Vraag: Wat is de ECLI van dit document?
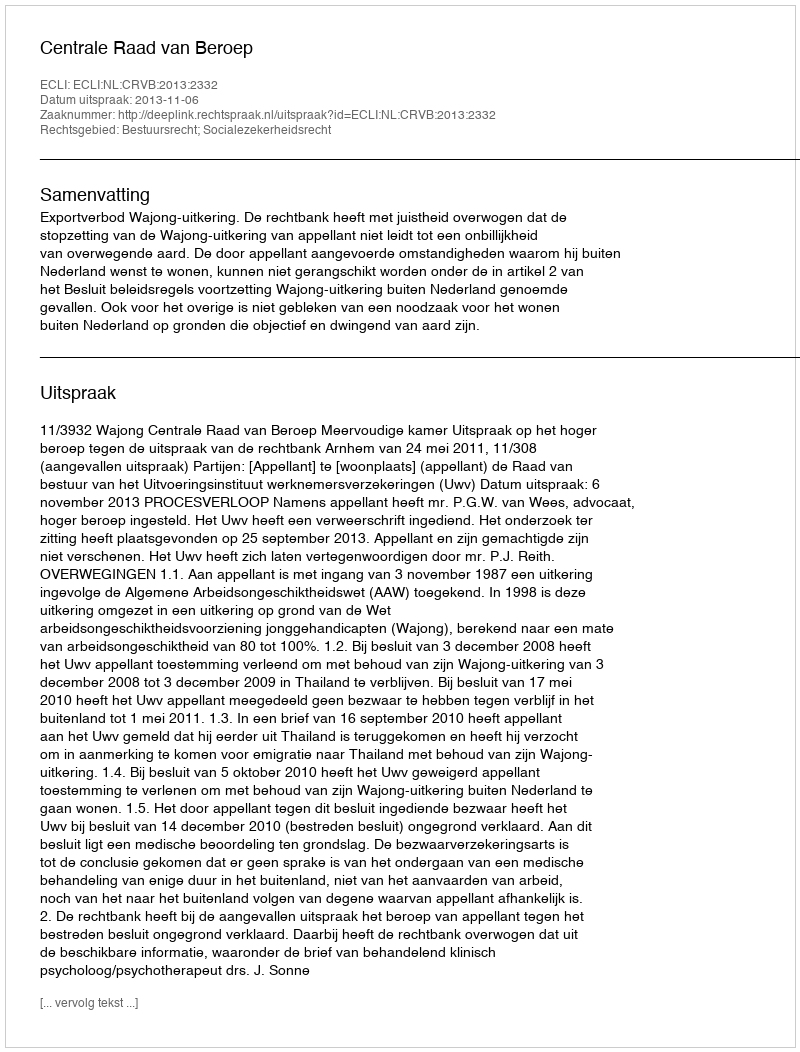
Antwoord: ECLI:NL:CRVB:2013:2332